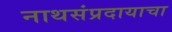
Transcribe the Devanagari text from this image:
नाथसंप्रदायाचा